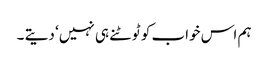
ہم اس خواب کو ٹوٹنے ہی نہیں‘ دیتے ۔